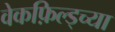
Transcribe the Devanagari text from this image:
वेकफ़िल्ड्च्या